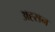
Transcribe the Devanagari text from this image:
अह्सन